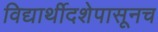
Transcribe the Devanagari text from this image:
विद्यार्थीदशेपासूनच